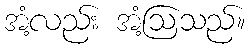
အံ့လည်း အံ့ဩသည်။